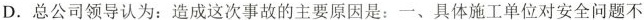
D. 总公司领导认为：造成这次事故的主要原因是：一、具体施工单位对安全问题不